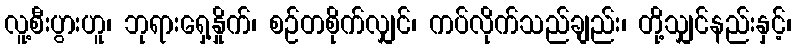
လူ့စီးပွားဟူ၊ ဘုရားရှေ့နှိုက်၊ စဉ်တစိုက်လျှင်၊ ကပ်လိုက်သည်ချည်း၊ တို့သျှင်နည်းနှင့်၊